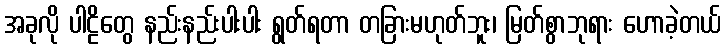
အခုလို ပါဠိတွေ နည်းနည်းပါးပါး ရွတ်ရတာ တခြားမဟုတ်ဘူး၊ မြတ်စွာဘုရား ဟောခဲ့တယ်